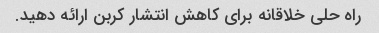
راه حلی خلاقانه برای کاهش انتشار کربن ارائه دهید.